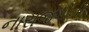
નારાજગીની